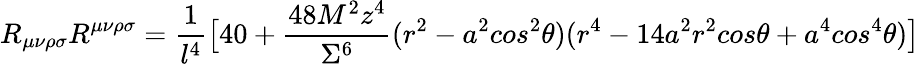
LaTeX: R_{\mu\nu\rho\sigma}R^{\mu\nu\rho\sigma}=\frac{1}{l^{4}}\big[40+\frac{48M^{2}z^{4}}{\Sigma^{6}}(r^{2}-a^{2}cos^{2}{\theta})(r^{4}-14a^{2}r^{2}cos{\theta}+a^{4}cos^{4}{\theta})\big]